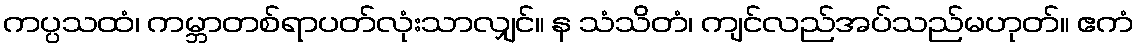
ကပ္ပသထံ၊ ကမ္ဘာတစ်ရာပတ်လုံးသာလျှင်။ န သံသိတံ၊ ကျင်လည်အပ်သည်မဟုတ်။ ဧကံ